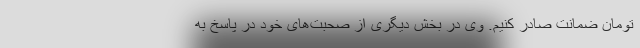
تومان ضمانت صادر کنیم. وی در بخش دیگری از صحبت‌های خود در پاسخ به